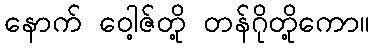
နောက် ဝေါ့ဇ်တို့ တန်ဂိုတို့ကော။